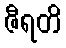
ဇီရတိ